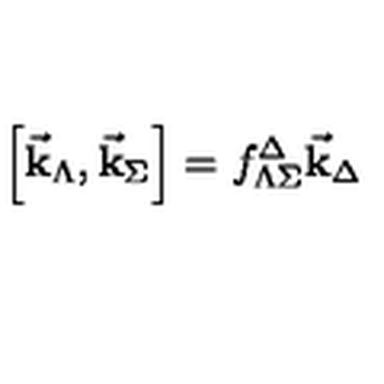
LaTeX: \Bigr [ { \vec { \bf k } } _ { \Lambda } , { \vec { \bf k } } _ { \Sigma } \Bigr ] = f _ { \Lambda \Sigma } ^ { \Delta } { \vec { \bf k } } _ { \Delta }